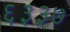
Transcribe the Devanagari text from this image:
६३३७